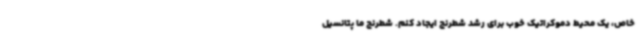
خاص، یک محیط دموکراتیک خوب برای رشد شطرنج ایجاد کنم. شطرنج ما پتانسیل